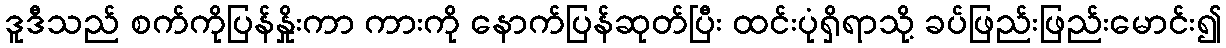
ဒူဒီသည် စက်ကိုပြန်နှိုးကာ ကားကို နောက်ပြန်ဆုတ်ပြီး ထင်းပုံရှိရာသို့ ခပ်ဖြည်းဖြည်းမောင်း၍